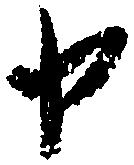
申